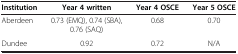
| Institution | Year 4 written | Year 4 OSCE | Year 5 OSCE |
 | --- | --- | --- | --- |
 | Aberdeen | 0.73 (EMQ), 0.74 (SBA), 0.76 (SAQ) | 0.68 | 0.70 |
 | Dundee | 0.92 | 0.72 | N/A |